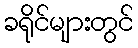
ခရိုင်များတွင်